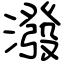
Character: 潑